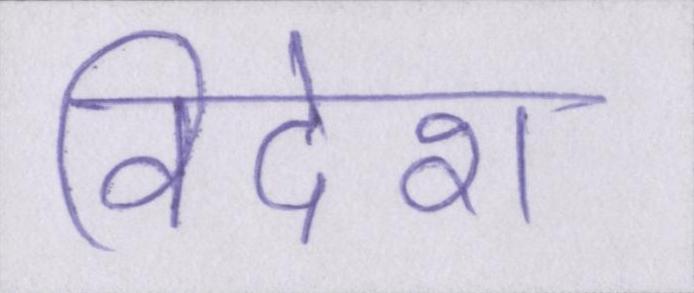
विदेश